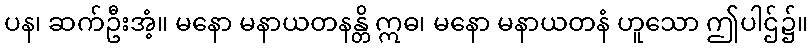
ပန၊ ဆက်ဦးအံ့။ မနော မနာယတနန္တိ ဣဓ၊ မနော မနာယတနံ ဟူသော ဤပါဌ်၌။